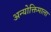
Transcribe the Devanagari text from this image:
अन्योक्तिमाला